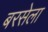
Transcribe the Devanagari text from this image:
बरसेला